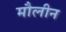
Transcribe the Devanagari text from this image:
मौलीन